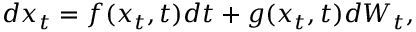
d x _ { t } = f ( x _ { t } , t ) d t + g ( x _ { t } , t ) d W _ { t } ,